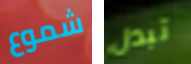
شموع تبدل